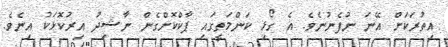
އިތުރަކަށް އޭނަ ނުފެނުނެވެ. އެ ގޯޅި ކަންމަތީގައި ޕާކްކޮށްގެން ނާޝިދު އިރުކޮޅަކު އިނެވެ.